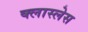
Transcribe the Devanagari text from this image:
क्लास्लेस